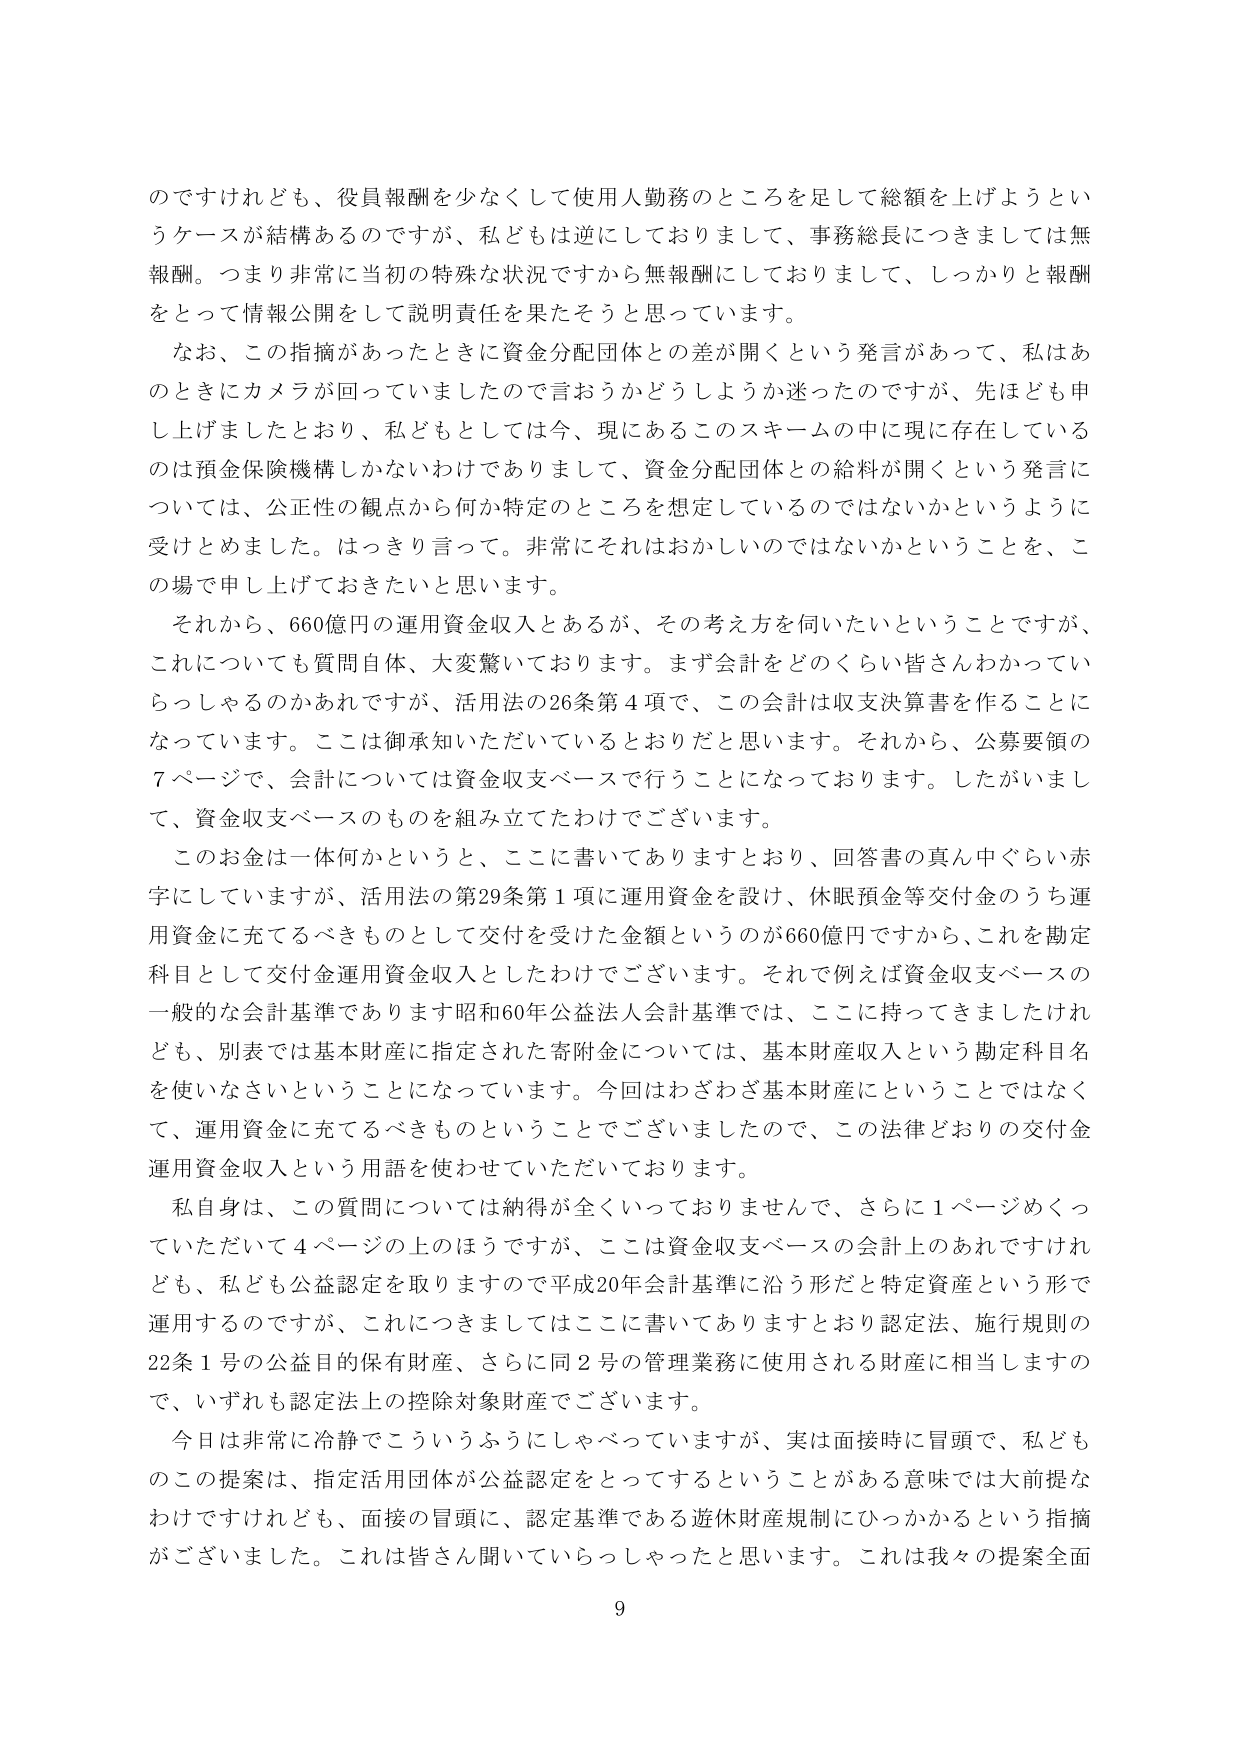
のですけれども、役員報酬を少なくして使用人勤務のところを足して総額を上げようというケースが結構あるのですが、私どもは逆にしておりまして、事務総長につきましては無報酬。つまり非常に当初の特殊な状況ですから無報酬にしておりまして、しっかりと報酬をとって情報公開をして説明責任を果たそうと思っています。

なお、この指摘があったときに資金分配団体との差が開くという発言があって、私はあのときにカメラが回っていましたので言おうかどうか迷ったのですが、先ほども申し上げましたとおり、私どもとしては今、現にあるこのスキームの中に現に存在しているのは預金保険機構しかないわけでありまして、資金分配団体との給料が開くという発言については、公正性の観点から何か特定のところを想定しているのではないかというように受けとめました。はっきり言って。非常にそれはおかしいのではないかということを、この場で申し上げておきたいと思います。

それから、660億円の運用資金収入とあるが、その考え方を伺いたいということですが、これについても質問自体、大変驚いております。まず会計をどのくらい皆さんわかっているかあれですが、活用法の26条第4項で、この会計は収支決算書を作ることになっています。ここは御承知いただいているとおりだと思います。それから、公募要領の7ページで、会計については資金収支ベースで行うことになっております。したがいまして、資金収支ベースのものを組み立てたわけでございます。

このお金は一体何かというと、ここに書いてありますとおり、回答書の真ん中ぐらい赤字にしていますが、活用法の第29条第1項に運用資金を設け、休眠預金等交付金のうち運用資金に充てるべきものとして交付を受けた金額というのが660億円ですから、これを勘定科目として交付金運用資金収入としたわけでございます。それで例えば資金収支ベースの一般的な会計基準であります昭和60年公益法人会計基準では、ここに持ってきましたけれども、別表では基本財産に指定された寄附金については、基本財産収入という勘定科目名を使いなさいということになっています。今回はわざわざ基本財産ということではなくて、運用資金に充てるべきものということでございましたので、この法律どおりの交付金運用資金収入という用語を使わせていただいております。

私自身は、この質問については納得が全くいっておりませんで、さらに1ページめくっていただいて4ページの上のほうですが、ここは資金収支ベースの会計上のあれですけれども、私ども公益認定を取りますので平成20年会計基準に沿う形だと特定資産という形で運用するのですが、これにつきましてはここに書いてありますとおり認定法、施行規則の22条1号の公益目的保有財産、さらに同2号の管理業務に使用される財産に相当しますので、いずれも認定法上の控除対象財産でございます。

今日は非常に冷静でこういうふうにしゃべっていますが、実は面接時に冒頭で、私どもこの提案は、指定活用団体が公益認定をとってするということがある意味では大前提なわけですけれども、面接の冒頭に、認定基準である遊休財産規制にひっかかるという指摘がございました。これは皆さん聞いていらっしゃったと思います。これは我々の提案全面

9